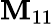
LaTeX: \mathbf{M}_{11}